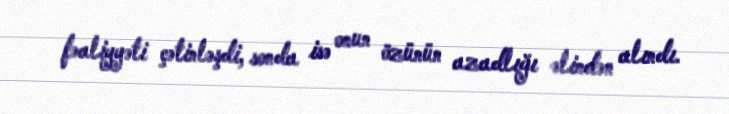
fəaliyyəti çətinləşdi, sonda isə onun özünün azadlığı əlindən alındı.